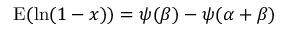
\operatorname { E } ( \ln ( 1 - x ) ) = \psi ( \beta ) - \psi ( \alpha + \beta )